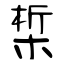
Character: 椞